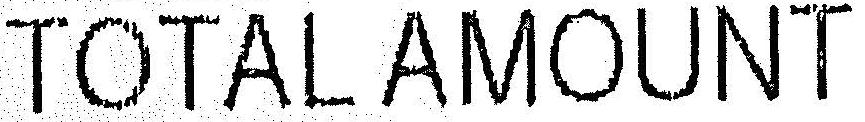
TOTAL AMOUNT